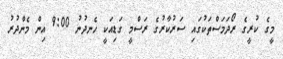
މީގެ ކުރީގެ ރޯދަމަސްތަކުގައި ސަރުކާރުގެ ރަސްމީ ގަޑިއަކީ ހެނދުނު 9:00 އިން މެންދުރު